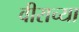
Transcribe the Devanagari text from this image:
वीराच्या